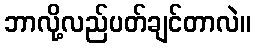
ဘာလို့လည်ပတ်ချင်တာလဲ။